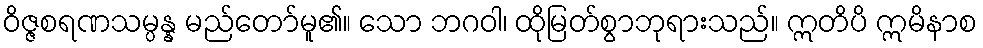
ဝိဇ္ဇစရဏသမ္ပန္န မည်တော်မူ၏။ သော ဘဂဝါ၊ ထိုမြတ်စွာဘုရားသည်။ ဣတိပိ ဣမိနာစ